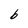
Character: b